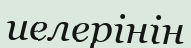
иелерінін